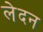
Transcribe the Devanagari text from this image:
लेदन